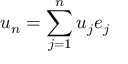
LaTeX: u _ { n } = \sum _ { j = 1 } ^ { n } u _ { j } e _ { j }